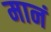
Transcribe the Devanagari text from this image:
मानं